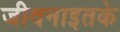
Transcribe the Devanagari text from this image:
जीवनाइतके